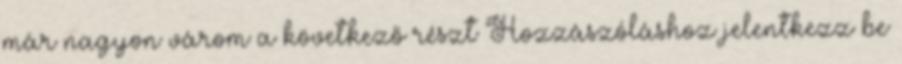
már nagyon várom a következő részt Hozzászóláshoz jelentkezz be